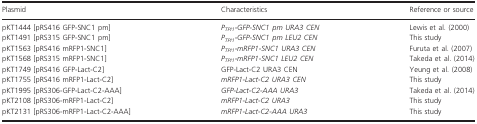
| Plasmid | Characteristics | Reference or source |
 | --- | --- | --- |
 | pKT1444 [pRS416 GFP-SNC1 pm] | PTPI1-GFP-SNC1 pm URA3 CEN | Lewis et al. (2000) |
 | pKT1491 [pRS315 GFP-SNC1 pm] | PTPI1-GFP-SNC1 pm LEU2 CEN | This study |
 | pKT1563 [pRS416 mRFP1-SNC1] | PTPI1-mRFP1-SNC1 URA3 CEN | Furuta et al. (2007) |
 | pKT1568 [pRS315 mRFP1-SNC1] | PTPI1-mRFP1-SNC1 LEU2 CEN | Takeda et al. (2014) |
 | pKT1749 [pRS416 GFP-Lact-C2] | GFP-Lact-C2 URA3 CEN | Yeung et al. (2008) |
 | pKT1755 [pRS416 mRFP1-Lact-C2] | mRFP1-Lact-C2 URA3 CEN | This study |
 | pKT1995 [pRS306-GFP-Lact-C2-AAA] | GFP-Lact-C2-AAA URA3 | Takeda et al. (2014) |
 | pKT2108 [pRS306-mRFP1-Lact-C2] | mRFP1-Lact-C2 URA3 | This study |
 | pKT2131 [pRS306-mRFP1-Lact-C2-AAA] | mRFP1-Lact-C2-AAA URA3 | This study |